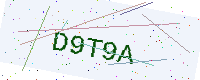
Text: D9T9A